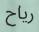
رياح